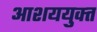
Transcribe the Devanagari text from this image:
आशययुक्‍त